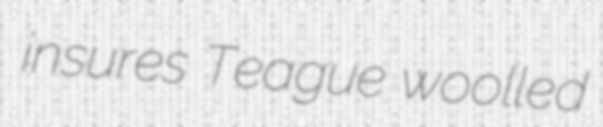
insures Teague woolled